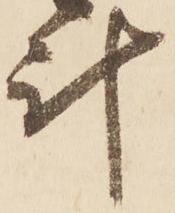
計